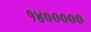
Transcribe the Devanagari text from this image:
१४०००००